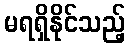
မရရှိနိုင်သည့်